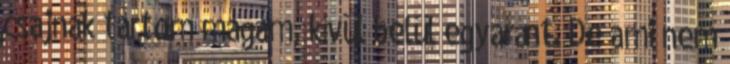
csajnak tartom magam, kívül belül egyaránt. De ami nem